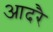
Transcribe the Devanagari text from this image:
आदरै